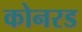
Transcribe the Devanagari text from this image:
कोनरड